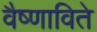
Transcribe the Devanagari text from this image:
वैष्णाविते